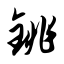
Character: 铫